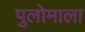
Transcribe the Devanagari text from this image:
पुलोमाला